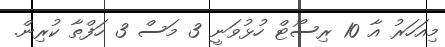
މިއަހަރު އާ 10 ރިސޯޓް ހުޅުވަނީ 3 މަސް 3 ހަފްތާ ކުރިން.